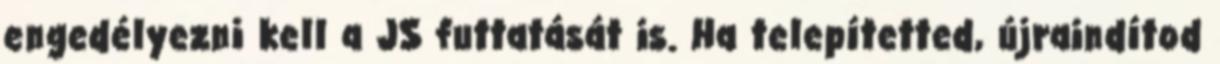
engedélyezni kell a JS futtatását is. Ha telepítetted, újraindítod